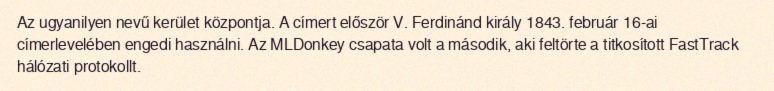
Az ugyanilyen nevű kerület központja. A címert először V. Ferdinánd király 1843. február 16-ai címerlevelében engedi használni. Az MLDonkey csapata volt a második, aki feltörte a titkosított FastTrack hálózati protokollt.